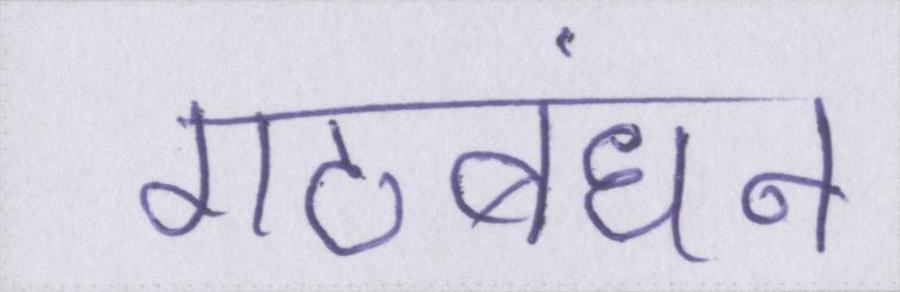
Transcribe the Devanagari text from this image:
गठबंधन